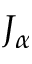
J _ { \alpha }